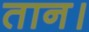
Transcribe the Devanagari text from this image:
तान।